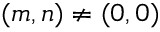
( m , n ) \neq ( 0 , 0 )